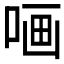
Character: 𠵾